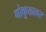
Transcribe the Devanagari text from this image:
गोकुळावर